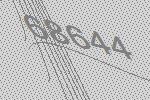
68644